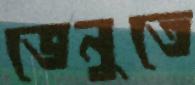
ভেনুতে